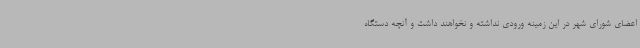
اعضای شورای شهر در این زمینه ورودی نداشته و نخواهند داشت و آنچه دستگاه